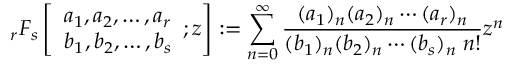
_ { r } F _ { s } \left[ { \begin{array} { l } { a _ { 1 } , a _ { 2 } , \dotsc , a _ { r } } \\ { b _ { 1 } , b _ { 2 } , \dotsc , b _ { s } } \end{array} } ; z \right] : = \sum _ { n = 0 } ^ { \infty } { \frac { ( a _ { 1 } ) _ { n } ( a _ { 2 } ) _ { n } \dotsb ( a _ { r } ) _ { n } } { ( b _ { 1 } ) _ { n } ( b _ { 2 } ) _ { n } \dotsb ( b _ { s } ) _ { n } \; n ! } } z ^ { n }